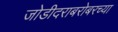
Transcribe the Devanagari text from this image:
जोडीदराबरोबरच्या